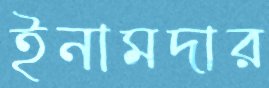
ইনামদার